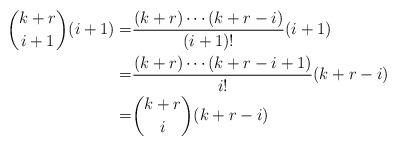
LaTeX: \begin{align*}\dbinom{k+r}{i+1}(i+1)=&\dfrac{(k+r)\cdots(k+r-i)}{(i+1)!}(i+1)\\=&\dfrac{(k+r)\cdots(k+r-i+1)}{i!}(k+r-i)\\=&\dbinom{k+r}{i}(k+r-i)\end{align*}